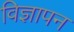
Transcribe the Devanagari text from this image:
विज्ञापन